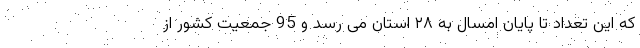
که این تعداد تا پایان امسال به ۲۸ استان می رسد و 95 جمعیت کشور از